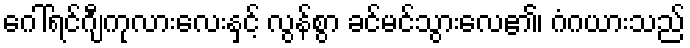
ဂေါ်ရင်ဂျီကုလားလေးနှင့် လွန်စွာ ခင်မင်သွားလေ၏၊ ဂံဂယားသည်